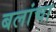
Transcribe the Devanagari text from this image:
बलांचा